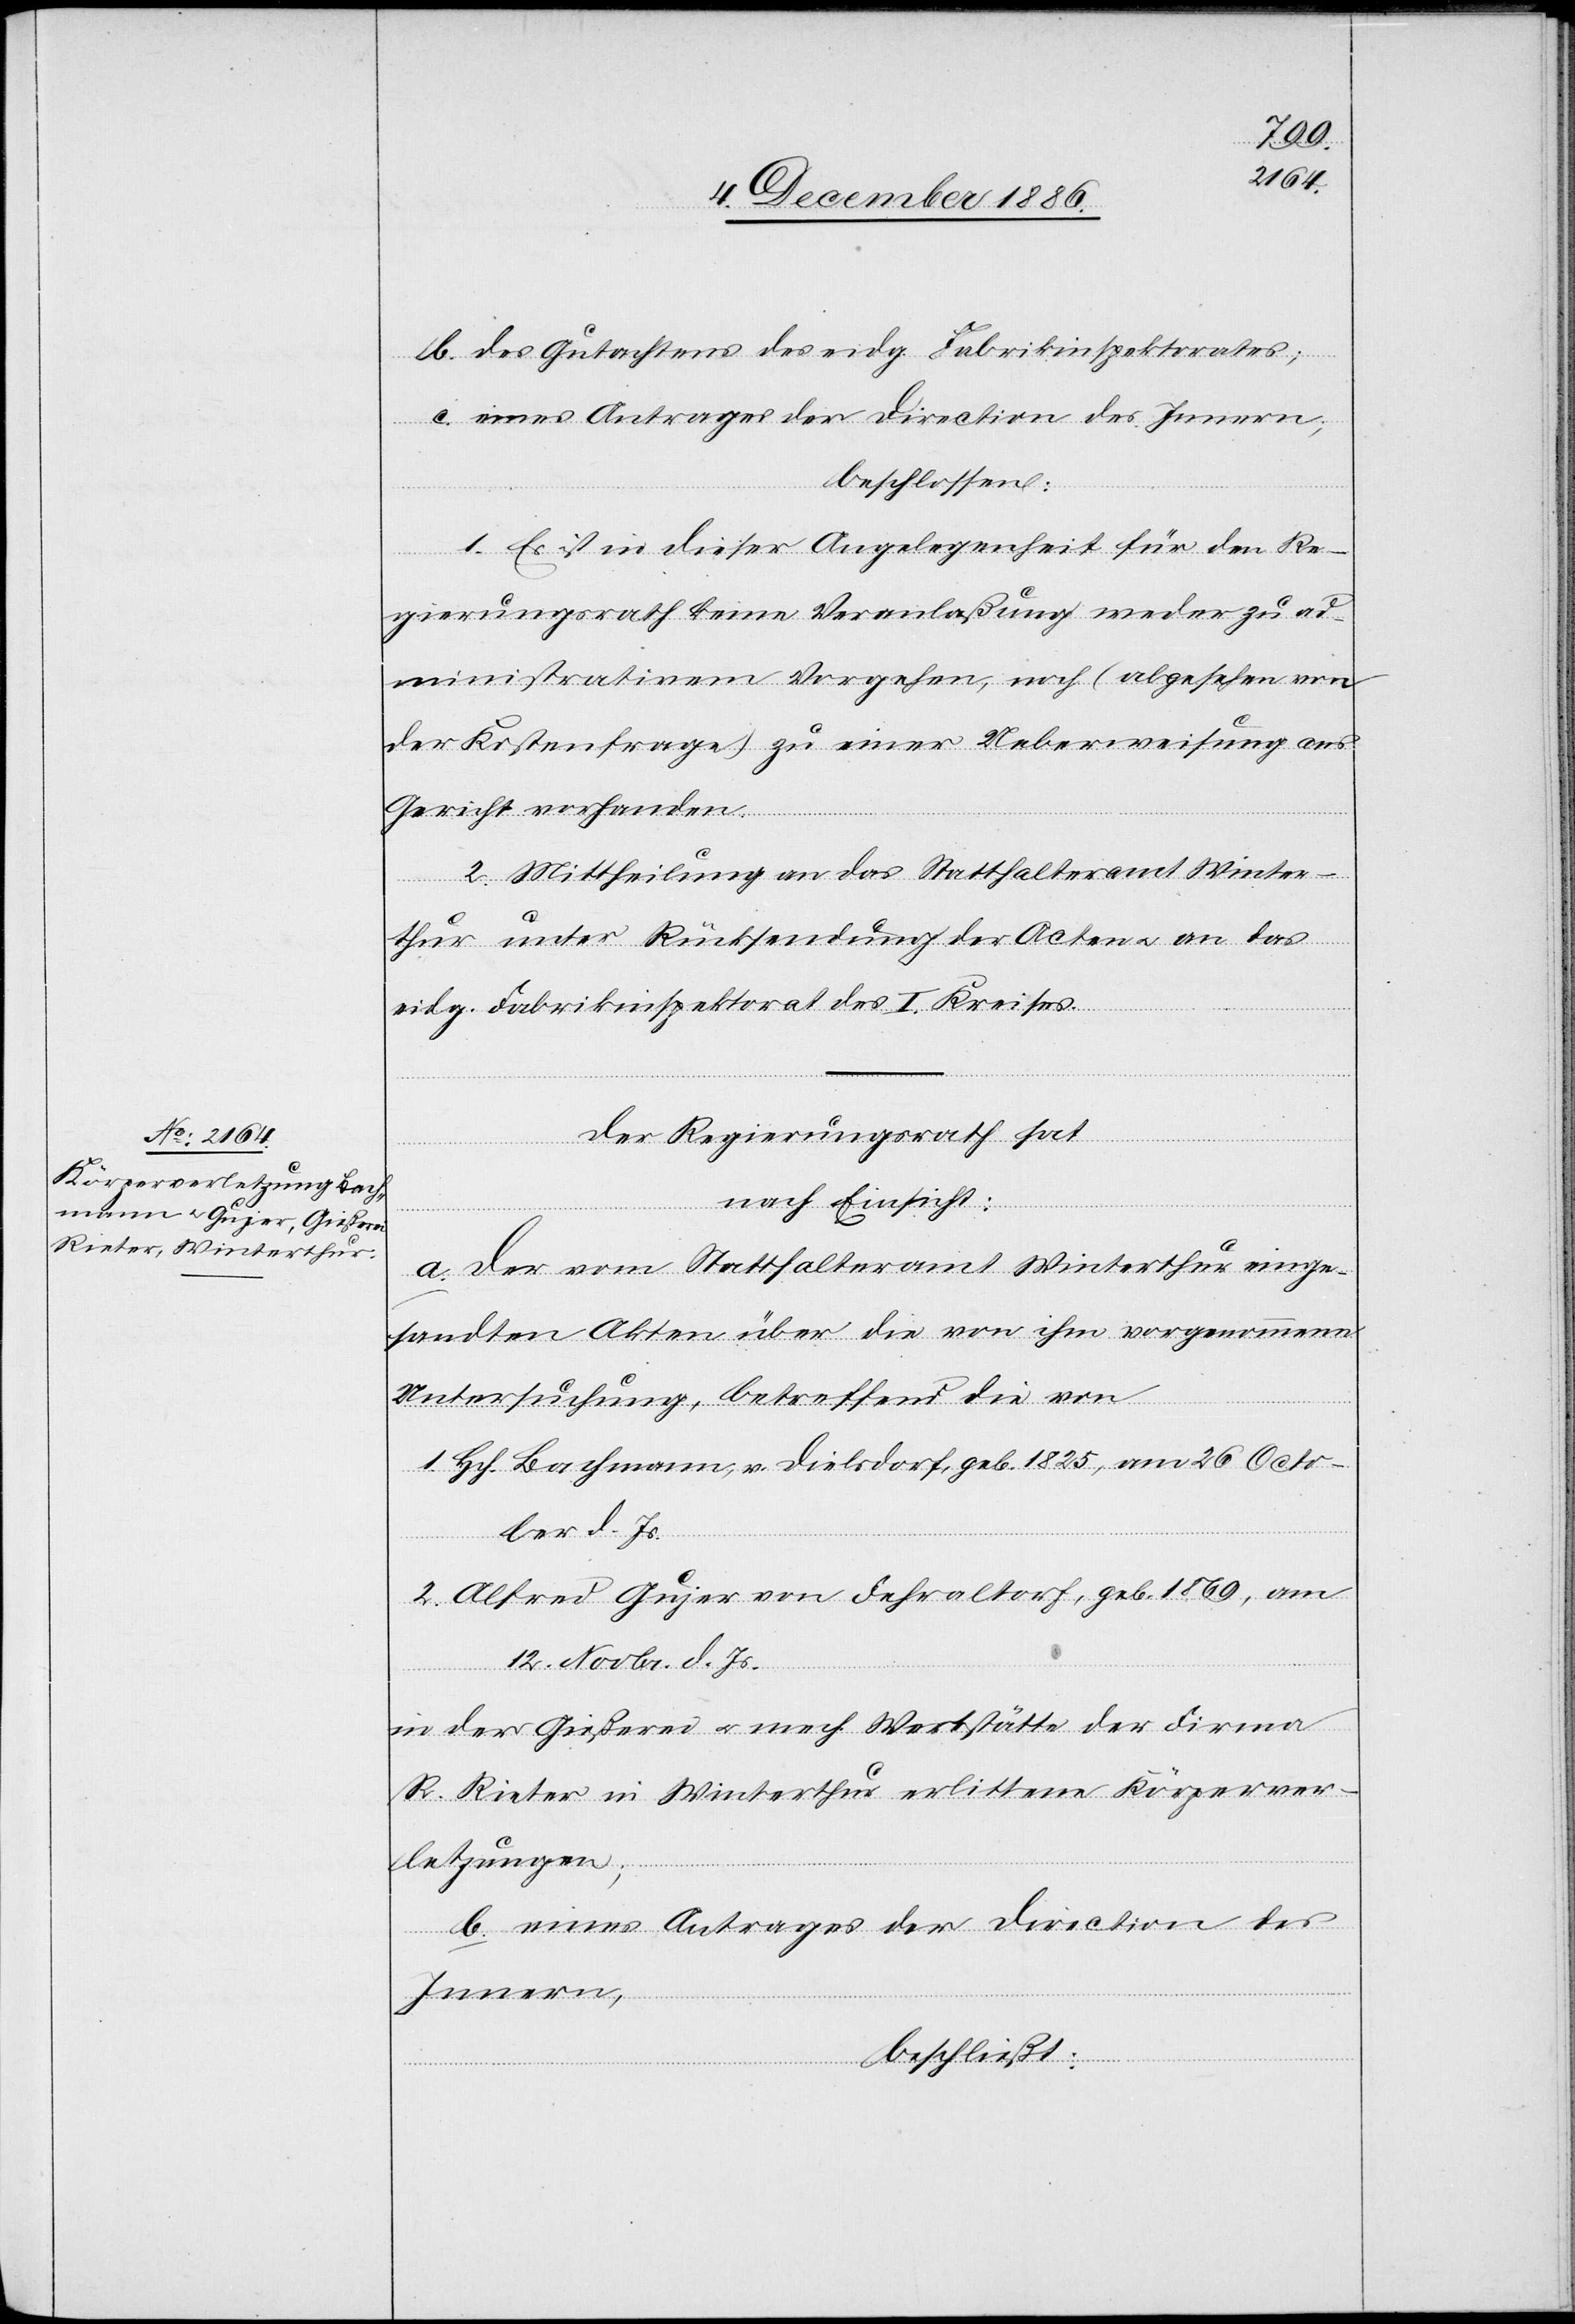
b. des Gutachtens des eidg. Fabrikinspektorates;
c. eines Antrages der Direction des Innern;
beschlossen:
1. Es ist in dieser Angelegenheit für den Re¬
gierungsrath keine Veranlaßung weder zu ad¬
ministrativem Vorgehen, noch (abgesehen von
der Kostenfrage) zu einer Ueberweisung ans
Gericht vorhanden.
2. Mittheilung an das Statthalteramt Winter¬
thur unter Rücksendung der Acten & an das
eidg. Fabrikinspektorat des I. Kreises.
Der Regierungsrath hat
nach Einsicht:
a. Der vom Statthalteramt Winterthur einge¬
sandten Akten über die von ihm vorgenommene
Untersuchung, betreffend die von
1. Hch. Bachmann, v. Dielsdorf, geb. 1825, am 26. Octo¬
ber d. Js.
2. Alfred Gujer von Fehraltorf, geb. 1869, am
12. Novbr. d. Js.
in der Gießerei & mech. Werkstätte der Firma
R. Rieter in Winterthur erlittene[n] Körperver¬
letzungen;
b. eines Antrages der Direction des
Innern,
beschließt: